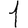
Digit: 1